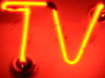
TV